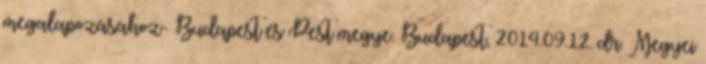
megalapozásához- Budapest és Pest megye. Budapest, 2014.09.12. dr. Megyei